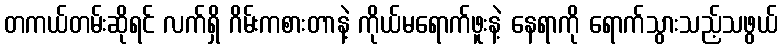
တကယ်တမ်းဆိုရင် လက်ရှိ ဂိမ်းကစားတာနဲ့ ကိုယ်မရောက်ဖူးနဲ့ နေရာကို ရောက်သွားသည့်သဖွယ်